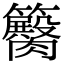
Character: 𥷽